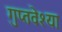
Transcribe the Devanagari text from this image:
गुप्तवेश्या